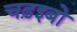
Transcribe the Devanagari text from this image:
चढ़इबो